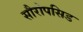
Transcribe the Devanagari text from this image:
सौरोपसिड